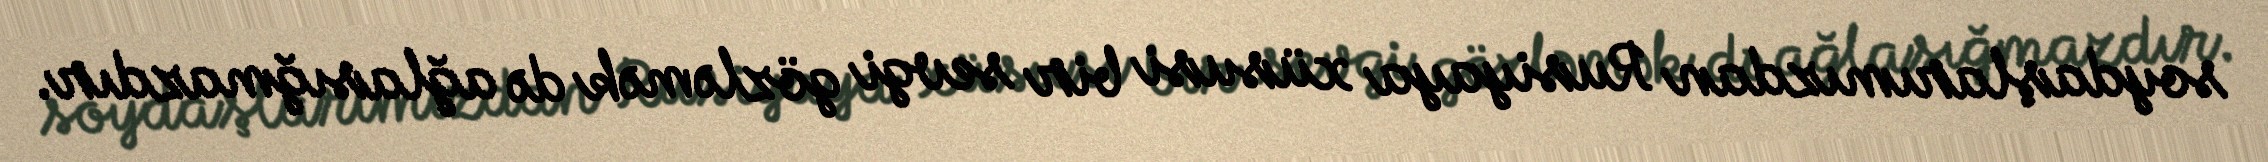
soydaşlarımızdan Rusiyaya xüsusi bir sevgi gözləmək də ağlasığmazdır.